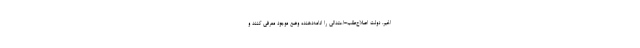
اخیر، دولت اصلاح‌طلب-اعتدالی را ادامه‌دهنده وضع موجود معرفی کنند و